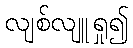
လျစ်လျူရှု၍